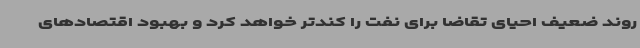
روند ضعیف احیای تقاضا برای نفت را کندتر خواهد کرد و بهبود اقتصادهای